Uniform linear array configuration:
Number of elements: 48
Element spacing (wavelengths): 0.75
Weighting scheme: cosine
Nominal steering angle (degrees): -30
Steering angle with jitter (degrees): -30.228
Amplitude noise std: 0.05
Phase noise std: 0.05

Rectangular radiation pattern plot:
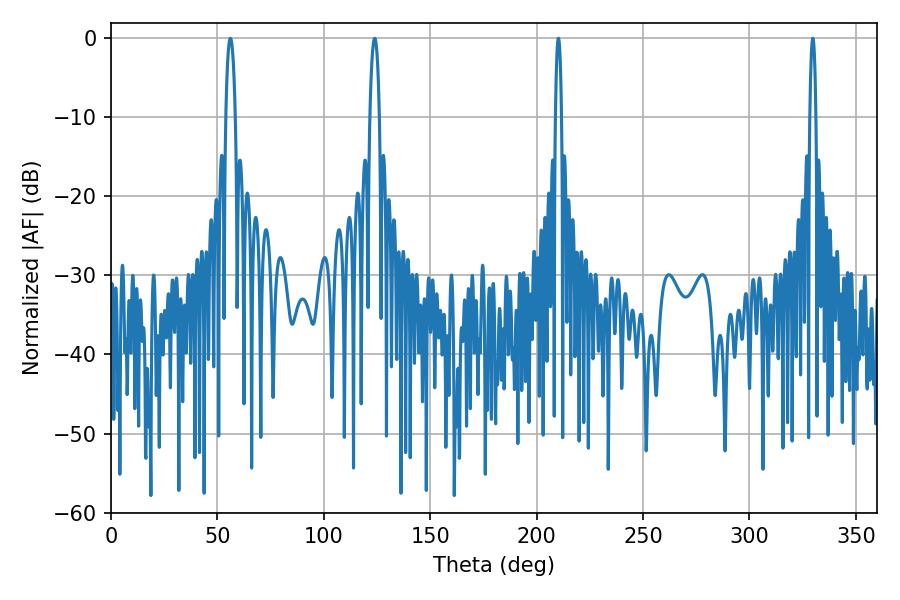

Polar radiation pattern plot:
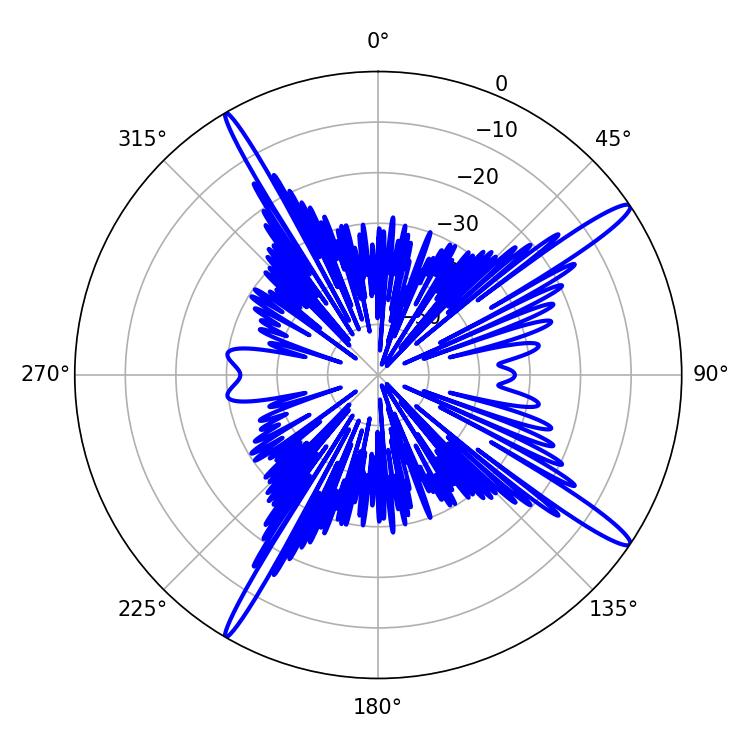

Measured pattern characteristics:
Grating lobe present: TRUE
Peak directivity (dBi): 15.973
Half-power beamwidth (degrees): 1.44
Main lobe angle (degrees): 210.24